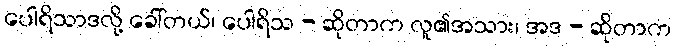
ပေါရိသာဒလို့ ခေါ်တယ်၊ ပေါရိသ - ဆိုတာက လူ၏အသား၊ အဒ - ဆိုတာက